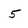
Character: 5